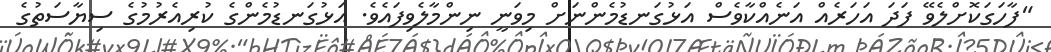
"ފާހަގަކޮށްލެވޭ ފަދަ އަހަރެއް އަނެއްކާވެސް އަޅުގަނޑުމެންނަށް މިވަނީ ނިންމާލެވިފައެވެ. އަޅުގަނޑުމެންގެ ކުރިއެރުމުގެ ސިޔާސަތުގެ